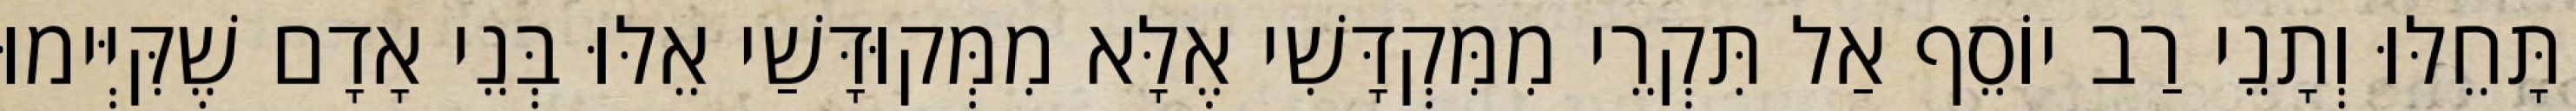
תָּחֵלּוּ וְתָנֵי רַב יוֹסֵף אַל תִּקְרֵי מִמִּקְדָּשִׁי אֶלָּא מִמְּקוּדָּשַׁי אֵלּוּ בְּנֵי אָדָם שֶׁקִּיְּימוּ